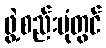
ဖွဲ့စည်းပုံတွင်